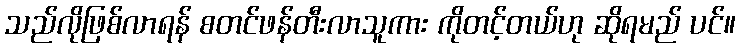
သည်လိုဖြစ်လာရန် စတင်ဖန်တီးလာသူကား ကိုတင့်တယ်ဟု ဆိုရမည် ပင်။